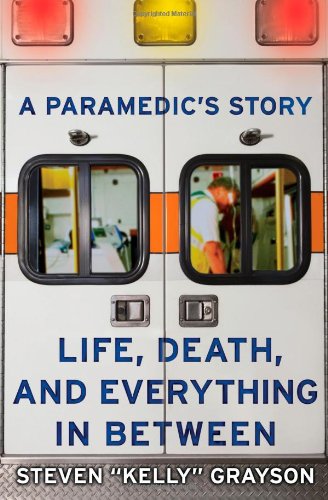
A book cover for A Paramedic's Story: Life, Death, and Everything in Between; Steven "Kelly" Grayson; Medical Books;